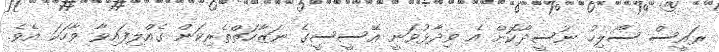
ރައީސް ސޯލިހު ނުސީދާކޮށް އެ ވިދާޅުވަނީ އޭސީސީގެ ނަޒާހަތްތެރިކަން ގެއްލިފައިވާ ވާހަކަ އެވެ.